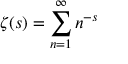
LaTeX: \zeta ( s ) = \sum _ { n = 1 } ^ { \infty } n ^ { - s }